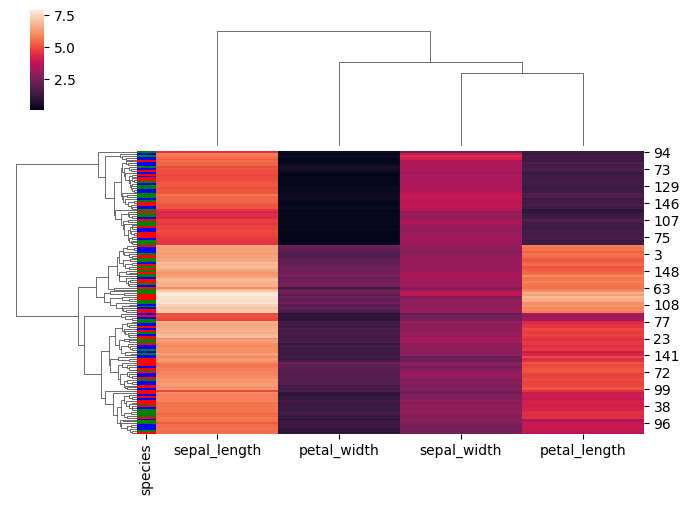
python, seaborn, clustermap, figsize=(7, 5), row_cluster=True, dendrogram_ratio=(0.2, 0.3), cbar_pos=(0.05, 0.8, 0.02, 0.2)